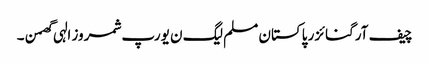
چیف آرگنائزر پاکستان مسلم لیگ ن یورپ شمروز الہی گھمن ۔